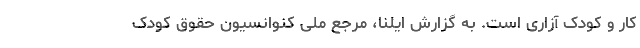
کار و کودک آزاری است. به گزارش ایلنا، مرجع ملی کنوانسیون حقوق کودک